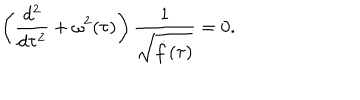
LaTeX: \left( \frac { d ^ { 2 } } { d \tau ^ { 2 } } + \omega ^ { 2 } ( \tau ) \right) \frac { 1 } { \sqrt { \dot { f } ( \tau ) } } = 0 .